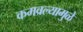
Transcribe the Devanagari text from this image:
कमवल्यामुळे